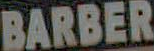
BARBER